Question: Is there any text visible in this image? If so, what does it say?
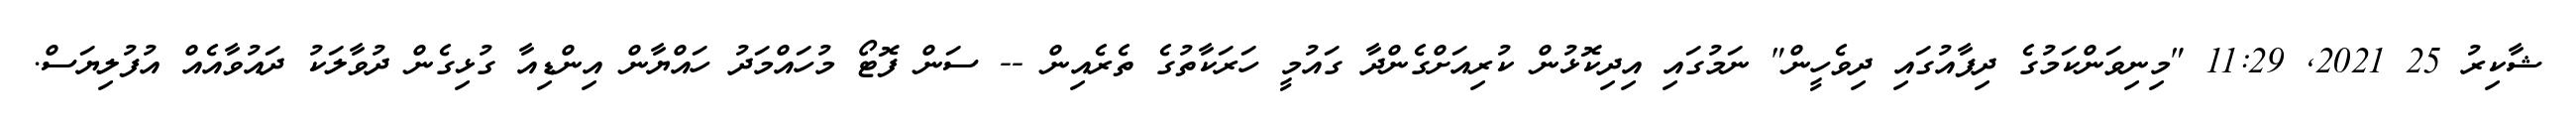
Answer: ޝާކިރު 25 2021, 11:29 "މިނިވަންކަމުގެ ދިފާއުގައި ދިވެހީން" ނަމުގައި އިދިކޮޅުން ކުރިއަށްގެންދާ ގައުމީ ހަރަކާތުގެ ތެރެއިން -- ސަން ފޮޓޯ މުހައްމަދު ހައްޔާން އިންޑިއާ ގުޅިގެން ދުވާލަކު ދައުވާއެއް އުފުލިޔަސް.